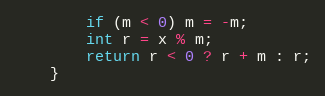
Language: Java
        if (m < 0) m = -m;
        int r = x % m;
        return r < 0 ? r + m : r;
    }